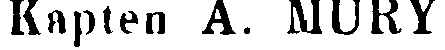
Kapten A. MURY